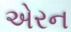
એરન